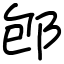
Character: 𨚔